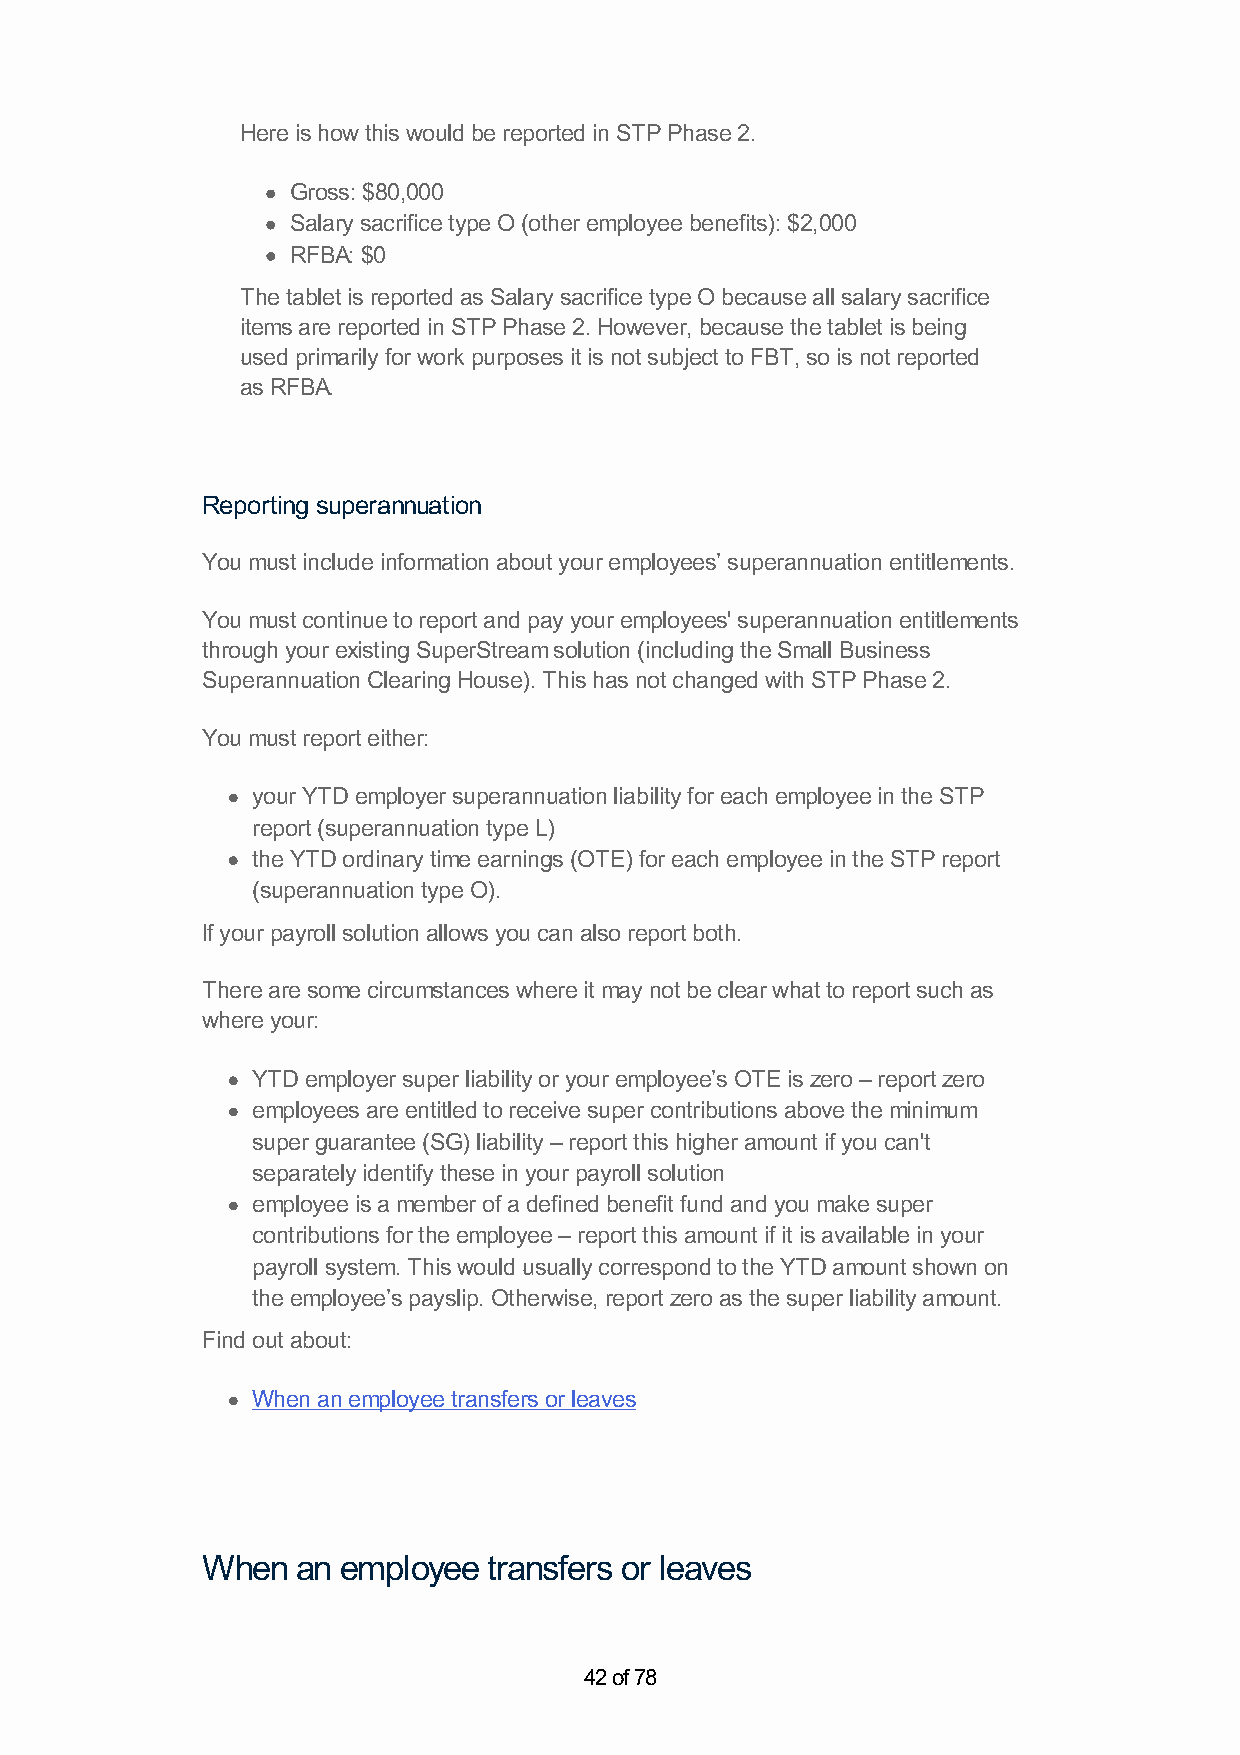
Here is how this would be reported in STP Phase 2.
 Gross: $80,000
 Salary sacrifice type O (other employee benefits): $2,000
 RFBA: $0
 The tablet is reported as Salary sacrifice type O because all salary sacrifice
 items are reported in STP Phase 2. However, because the tablet is being
 used primarily for work purposes it is not subject to FBT, so is not reported
 as RFBA.
 Reporting superannuation
 You must include information about your employees’ superannuation entitlements.
 You must continue to report and pay your employees' superannuation entitlements
 through your existing SuperStream solution (including the Small Business
 Superannuation Clearing House). This has not changed with STP Phase 2.
 You must report either:
 your YTD employer superannuation liability for each employee in the STP
 report (superannuation type L)
 the YTD ordinary time earnings (OTE) for each employee in the STP report
 (superannuation type O).
 If your payroll solution allows you can also report both.
 There are some circumstances where it may not be clear what to report such as
 where your:
 YTD employer super liability or your employee’s OTE is zero – report zero
 employees are entitled to receive super contributions above the minimum
 super guarantee (SG) liability – report this higher amount if you can't
 separately identify these in your payroll solution
 employee is a member of a defined benefit fund and you make super
 contributions for the employee – report this amount if it is available in your
 payroll system. This would usually correspond to the YTD amount shown on
 the employee’s payslip. Otherwise, report zero as the super liability amount.
 Find out about:
 When an employee transfers or leaves
 When   an employee transfers or leaves
 42 of 78